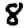
Digit: 8